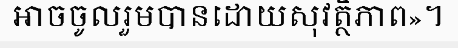
អាចចូលរួមបានដោយសុវត្ថិភាព»។